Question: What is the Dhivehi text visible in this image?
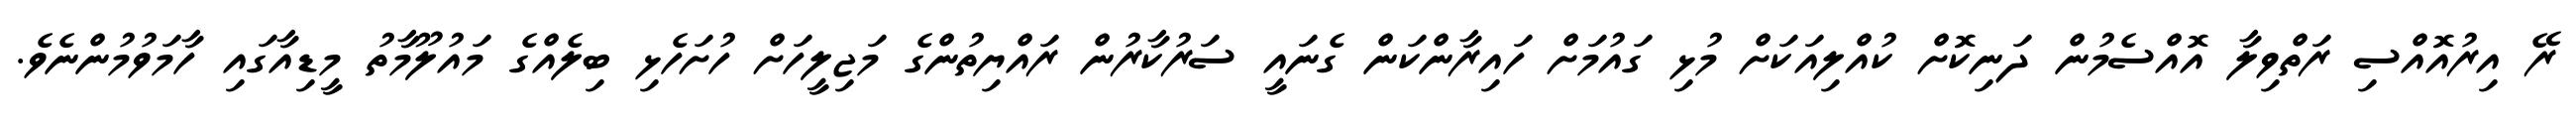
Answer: ރޭ އިރުއޮއްސި ރަތްވިލާ އޮއްސެމުން ދަނިކޮށް ކުއްލިއަކަށް މުޅި ގައުމަށް ހައިރާންކަން ގެނައީ ސަރުކާރުން ރައްޔިތުންގެ މަޖިލީހަށް ހުށަހެޅި ބިލެއްގެ މައުލޫމާތު މީޑިއާގައި ހާމަވުމުންނެވެ.